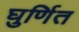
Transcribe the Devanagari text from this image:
घुर्णित